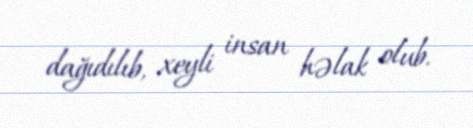
dağıdılıb, xeyli insan həlak olub.